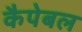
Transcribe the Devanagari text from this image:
कैपेबल